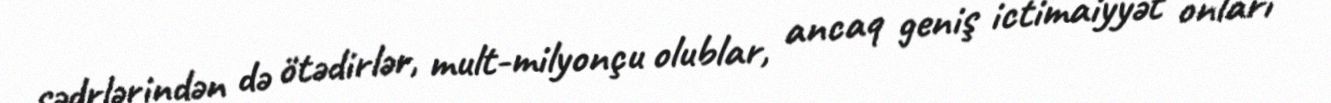
sədrlərindən də ötədirlər, mult-milyonçu olublar, ancaq geniş ictimaiyyət onları